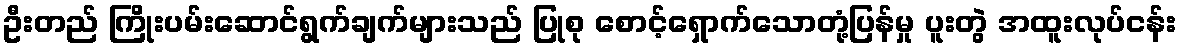
ဦးတည် ကြိုးပမ်းဆောင်ရွက်ချက်များသည် ပြုစု စောင့်ရှောက်သောတုံ့ပြန်မှု ပူးတွဲ အထူးလုပ်ငန်း